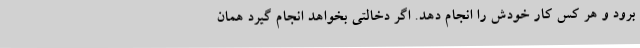
برود و هر کس کار خودش را انجام دهد. اگر دخالتی بخواهد انجام گیرد همان